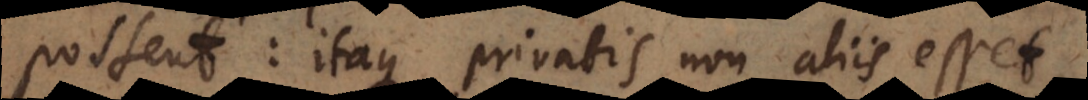
possent: itaque privatis non aliis esset